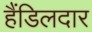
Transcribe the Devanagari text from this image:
हैंडिलदार